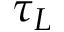
\tau _ { L }